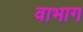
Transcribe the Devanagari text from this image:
वाभाग